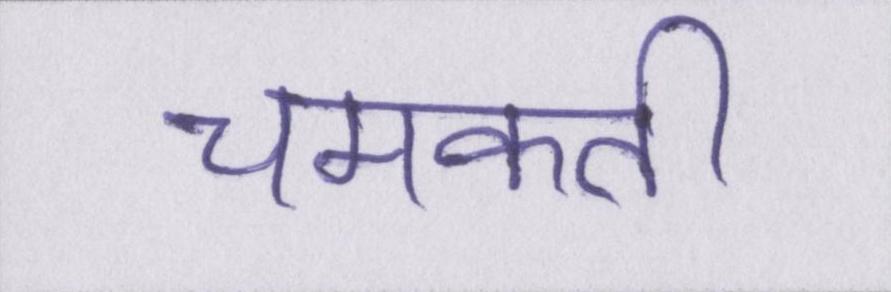
चमकती